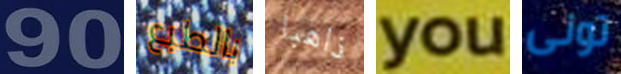
90 بالطبع ذاهبا you تونى